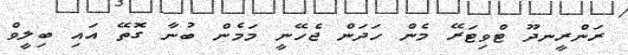
ރަންރީނދޫ ޓްވިޓަރޭ މެން ހަދަން ޖެހޭނީ މަމެން ބުނާ ގޮތޭ އައި ބިލީވް